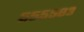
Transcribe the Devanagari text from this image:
५५५५८३